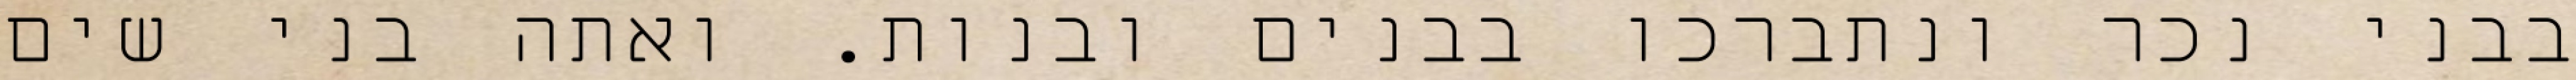
בבני נכר ונתברכו בבנים ובנות. ואתה בני שים